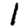
Digit: 1